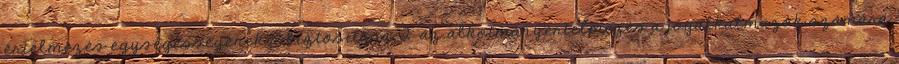
értelmezés egységességének a biztosítása, 2 az alkotmányértelmezés a jogalkalmazók számára